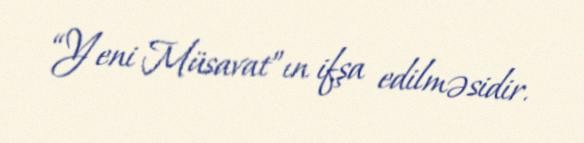
“Yeni Müsavat”ın ifşa edilməsidir.